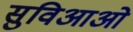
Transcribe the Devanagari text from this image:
सुविआओं